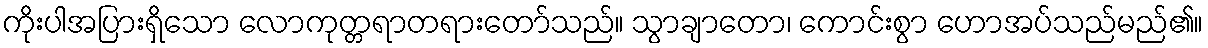
ကိုးပါအပြားရှိသော လောကုတ္တရာတရားတော်သည်။ သွာချာတော၊ ကောင်းစွာ ဟောအပ်သည်မည်၏။